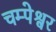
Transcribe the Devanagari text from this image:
चम्पेश्वर